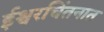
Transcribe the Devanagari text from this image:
ईश्वरचिंतनात